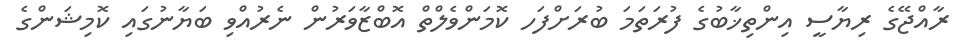
ރާއްޖޭގެ ރިޔާސީ އިންތިޚާބުގެ ފުރަތަމަ ބުރަށްފަހ ކޮމަންވެލްތް އޮބްޒާވަރުން ނެރުއްވި ބަޔާނުގައި ކޮމިޝަންގެ